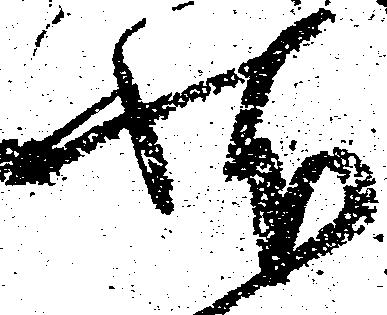
状